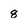
Character: 8